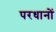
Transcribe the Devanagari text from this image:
परधानों